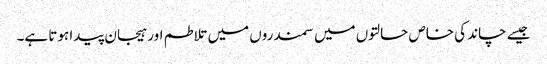
جیسے چاند کی خاص حالتوں میں سمندروں میں تلاطم اور ہیجان پیدا ہوتا ہے۔